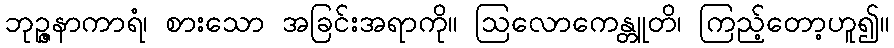
ဘုဉ္ဇနာကာရံ၊ စားသော အခြင်းအရာကို။ ဩလောကေန္တူတိ၊ ကြည့်တော့ဟူ၍။